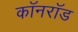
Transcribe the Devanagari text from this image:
कॉनरॉड